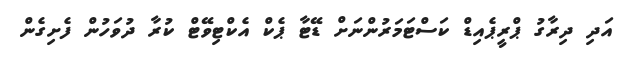
އަދި ދިރާގު ޕްރީޕެއިޑް ކަސްޓަމަރުންނަށް ޑޭޓާ ޕެކް އެކްޓިވޭޓް ކުރާ ދުވަހުން ފެށިގެން